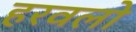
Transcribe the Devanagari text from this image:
हरवलो